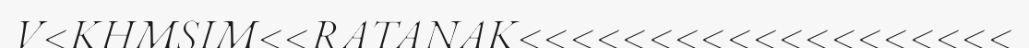
V<KHMSIM<<RATANAK<<<<<<<<<<<<<<<<<<<